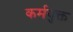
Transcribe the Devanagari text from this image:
कर्मयुक्त